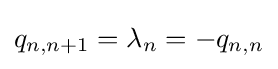
q_{n,n+1}=\lambda _{n}=-q_{n,n}